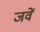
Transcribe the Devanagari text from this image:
जवें